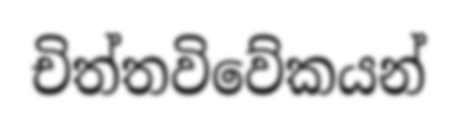
චිත්තවිවේකයන්